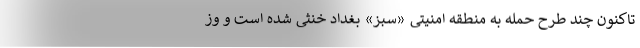
تاکنون چند طرح حمله به منطقه امنیتی «سبز» بغداد خنثی شده است و وز